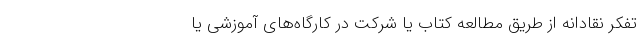
تفکر نقادانه از طریق مطالعه کتاب یا شرکت در کارگاه‌های آموزشی یا